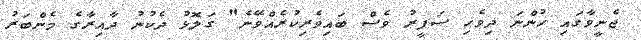
ޖެނީވާގައި ހުންނަ ދިވެހި ސަފީރު ވެސް ބައިވެރިކުރެއްވޭނެ" ގަލޮޅު ދެކުނު ދާއިރާގެ މެންބަރު